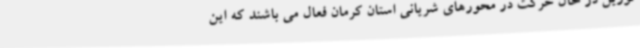
توزین در حال حرکت در محورهای شریانی استان کرمان فعال می باشند که این